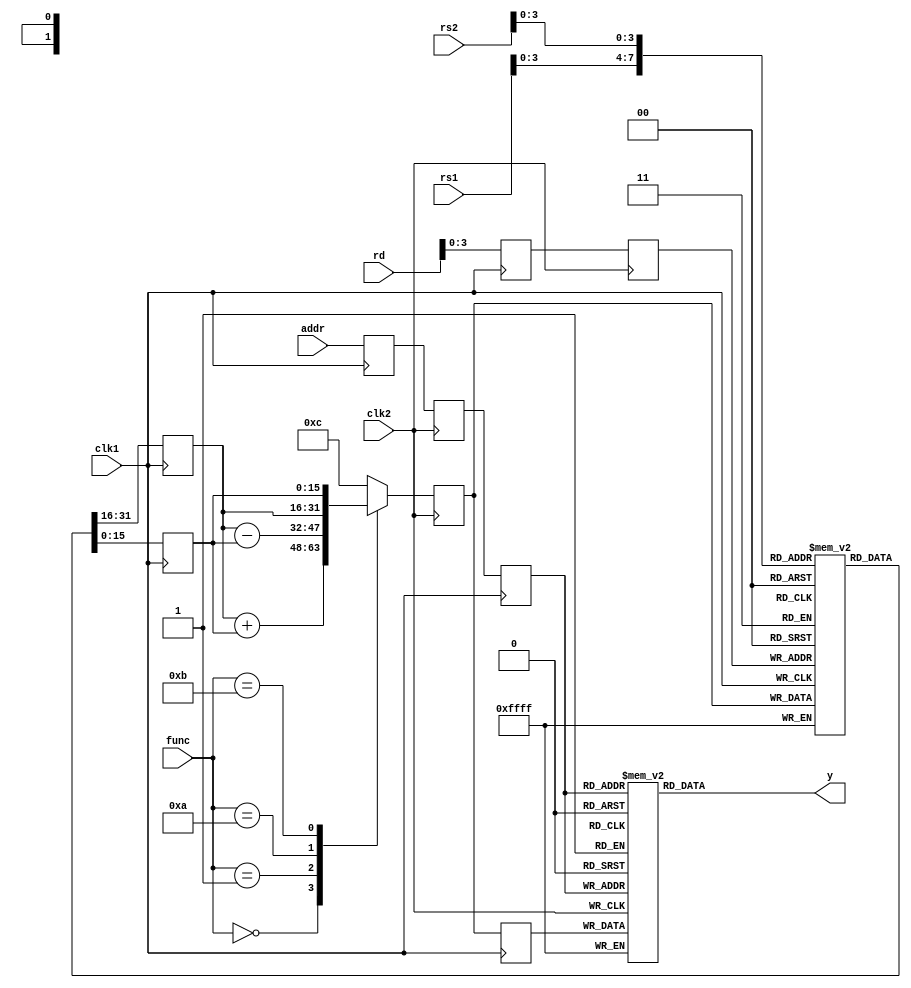
module pipe2(rs1,rs2,rd,func,addr,clk1,clk2,y);

parameter n=16;
 integer i;
input [n-1:0]rs1,rs2,rd;
input [3:0]func;
input [7:0]addr;
input clk1,clk2;                               //clock
output [15:0]y;
reg [15:0] mem [0:255];                     //256x16 mem
reg [15:0] regbank [0:15];
reg [n-1:0]A,B,Z,L12_rd,L23_rd,L34_z;
reg [3:0]L12_func;
reg [7:0]L12_addr,L23_addr,L34_addr;

always @(posedge clk1)
begin

A <=  regbank[rs1];
B <=  regbank[rs2];
L12_rd <=  rd;                                   //stage 1
L12_func <=  func;
L12_addr <=  addr;

end

always @(negedge clk2)
begin
case(func)
0000: Z<=A+B;

0001: Z<=A-B;

0010: Z<=A;

0011: Z<=B;

0100: Z<=~A;

0101: Z<=~B;
default: Z<=16'd12;
endcase
L23_rd <= L12_rd;
L23_addr <= L12_addr;

end

always @(posedge clk1)
begin
regbank[L23_rd] <= Z;
L34_z <= Z;
L34_addr <= L23_addr;
end

always @(negedge clk2)
begin

mem[L34_addr] <= L34_z;

end

assign y=mem[L34_addr];

endmodule